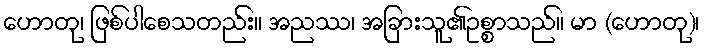
ဟောတု၊ ဖြစ်ပါစေသတည်း။ အညဿ၊ အခြားသူ၏ဥစ္စာသည်။ မာ (ဟောတု)၊